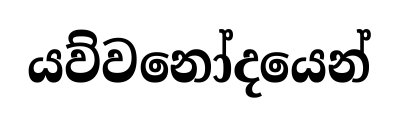
යව්වනෝදයෙන්